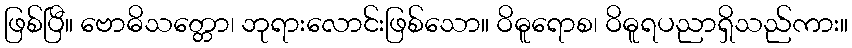
ဖြစ်ပြီ။ ဗောဓိသတ္တော၊ ဘုရားလောင်းဖြစ်သော။ ဝိဓူရောစ၊ ဝိဓူရပညာရှိသည်ကား။